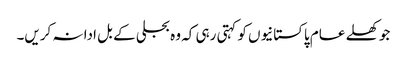
جو کھلے عام پاکستانیوں کو کہتی رہی کہ وہ بجلی کے بل ادا نہ کریں۔